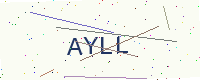
Text: AYLL